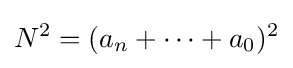
N^{2}=(a_{n}+\dotsb +a_{0})^{2}